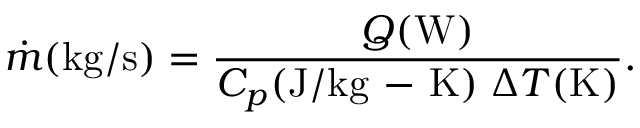
\dot { m } ( \mathrm { k g / s } ) = \frac { Q ( \mathrm { W } ) } { C _ { p } ( \mathrm { J / k g } \mathrm { ~ - ~ } \mathrm { K } ) \; \Delta T ( \mathrm { K } ) } .